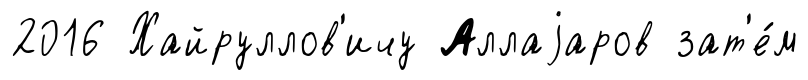
2016 Хайруллов'ичу Аллаjаров зат'е́м